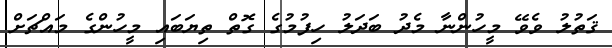
ޤަތުލު ވެވޭ މީހުންނާ މެދު ބަދަލު ހިފުމުގެ ގޮތް ތިޔަބައި މީހުންގެ މައްޗަށް